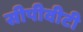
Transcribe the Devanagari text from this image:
सीपीवीटी